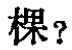
棵？